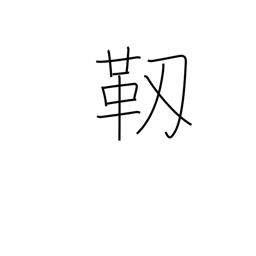
Meaning: pliable